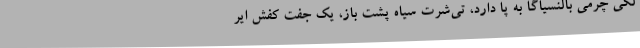
لگی چرمی بالنسیاگا به پا دارد، تی‌شرت سیاه پشت باز، یک جفت کفش ایر